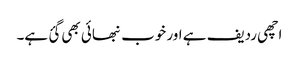
اچھی ردیف ہے اور خوب نبھائی بھی گئ ہے۔